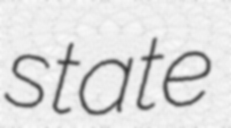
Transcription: state